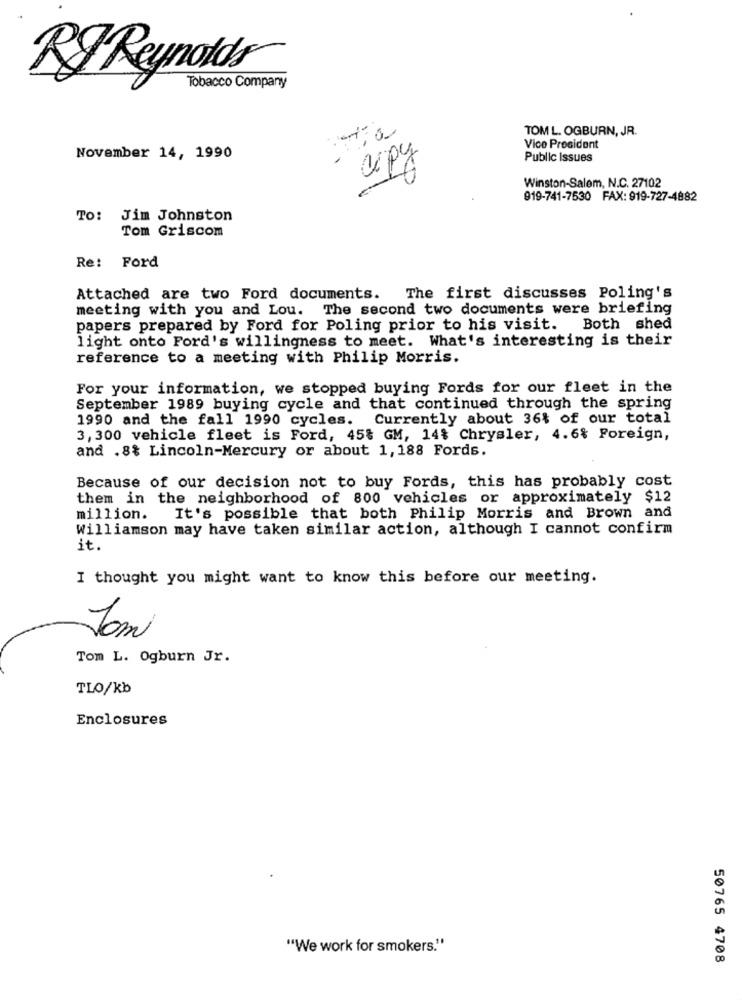
Rg Reynolds
Tobacco Company
TOM L. OGBURN, JR.
Vice President
November 14, 1990
cipy
Public Issues
Winston-Salem, N.C. 27102
919-741-7530 FAX: 919-727-4882
To: Jim Johnston
Tom Griscom
Re: Ford
Attached are two Ford documents. The first discusses Poling's
meeting with you and Lou. The second two documents were briefing
papers prepared by Ford for Poling prior to his visit. Both shed
light onto Ford's willingness to meet. What's interesting is their
reference to a meeting with Philip Morris.
For your information, we stopped buying Fords for our fleet in the
September 1989 buying cycle and that continued through the spring
1990 and the fall 1990 cycles. Currently about 36% of our total
3,300 vehicle fleet is Ford, 45% GM, 14% Chrysler, 4.6% Foreign,
and .8% Lincoln-Mercury or about 1, 188 Fords.
Because of our decision not to buy Fords, this has probably cost
them in the neighborhood of 800 vehicles or approximately $12
million. It's possible that both Philip Morris and Brown and
Williamson may have taken similar action, although I cannot confirm
it.
I thought you might want to know this before our meeting.
Tom
Tom L. Ogburn Jr.
TLO/kb
Enclosures
"We work for smokers."
50765 4708